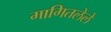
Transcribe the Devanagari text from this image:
मागितलेले